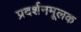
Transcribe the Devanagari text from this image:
प्रदर्शनमूलक